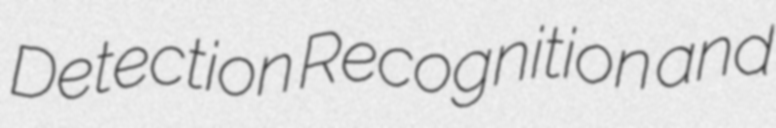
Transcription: Detection Recognition and